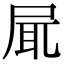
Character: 𡱷